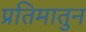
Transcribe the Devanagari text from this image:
प्रतिमातुन